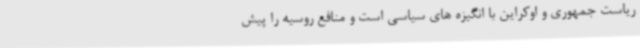
ریاست جمهوری و اوکراین با انگیزه های سیاسی است و منافع روسیه را پیش